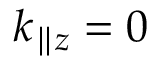
k _ { \parallel z } = 0